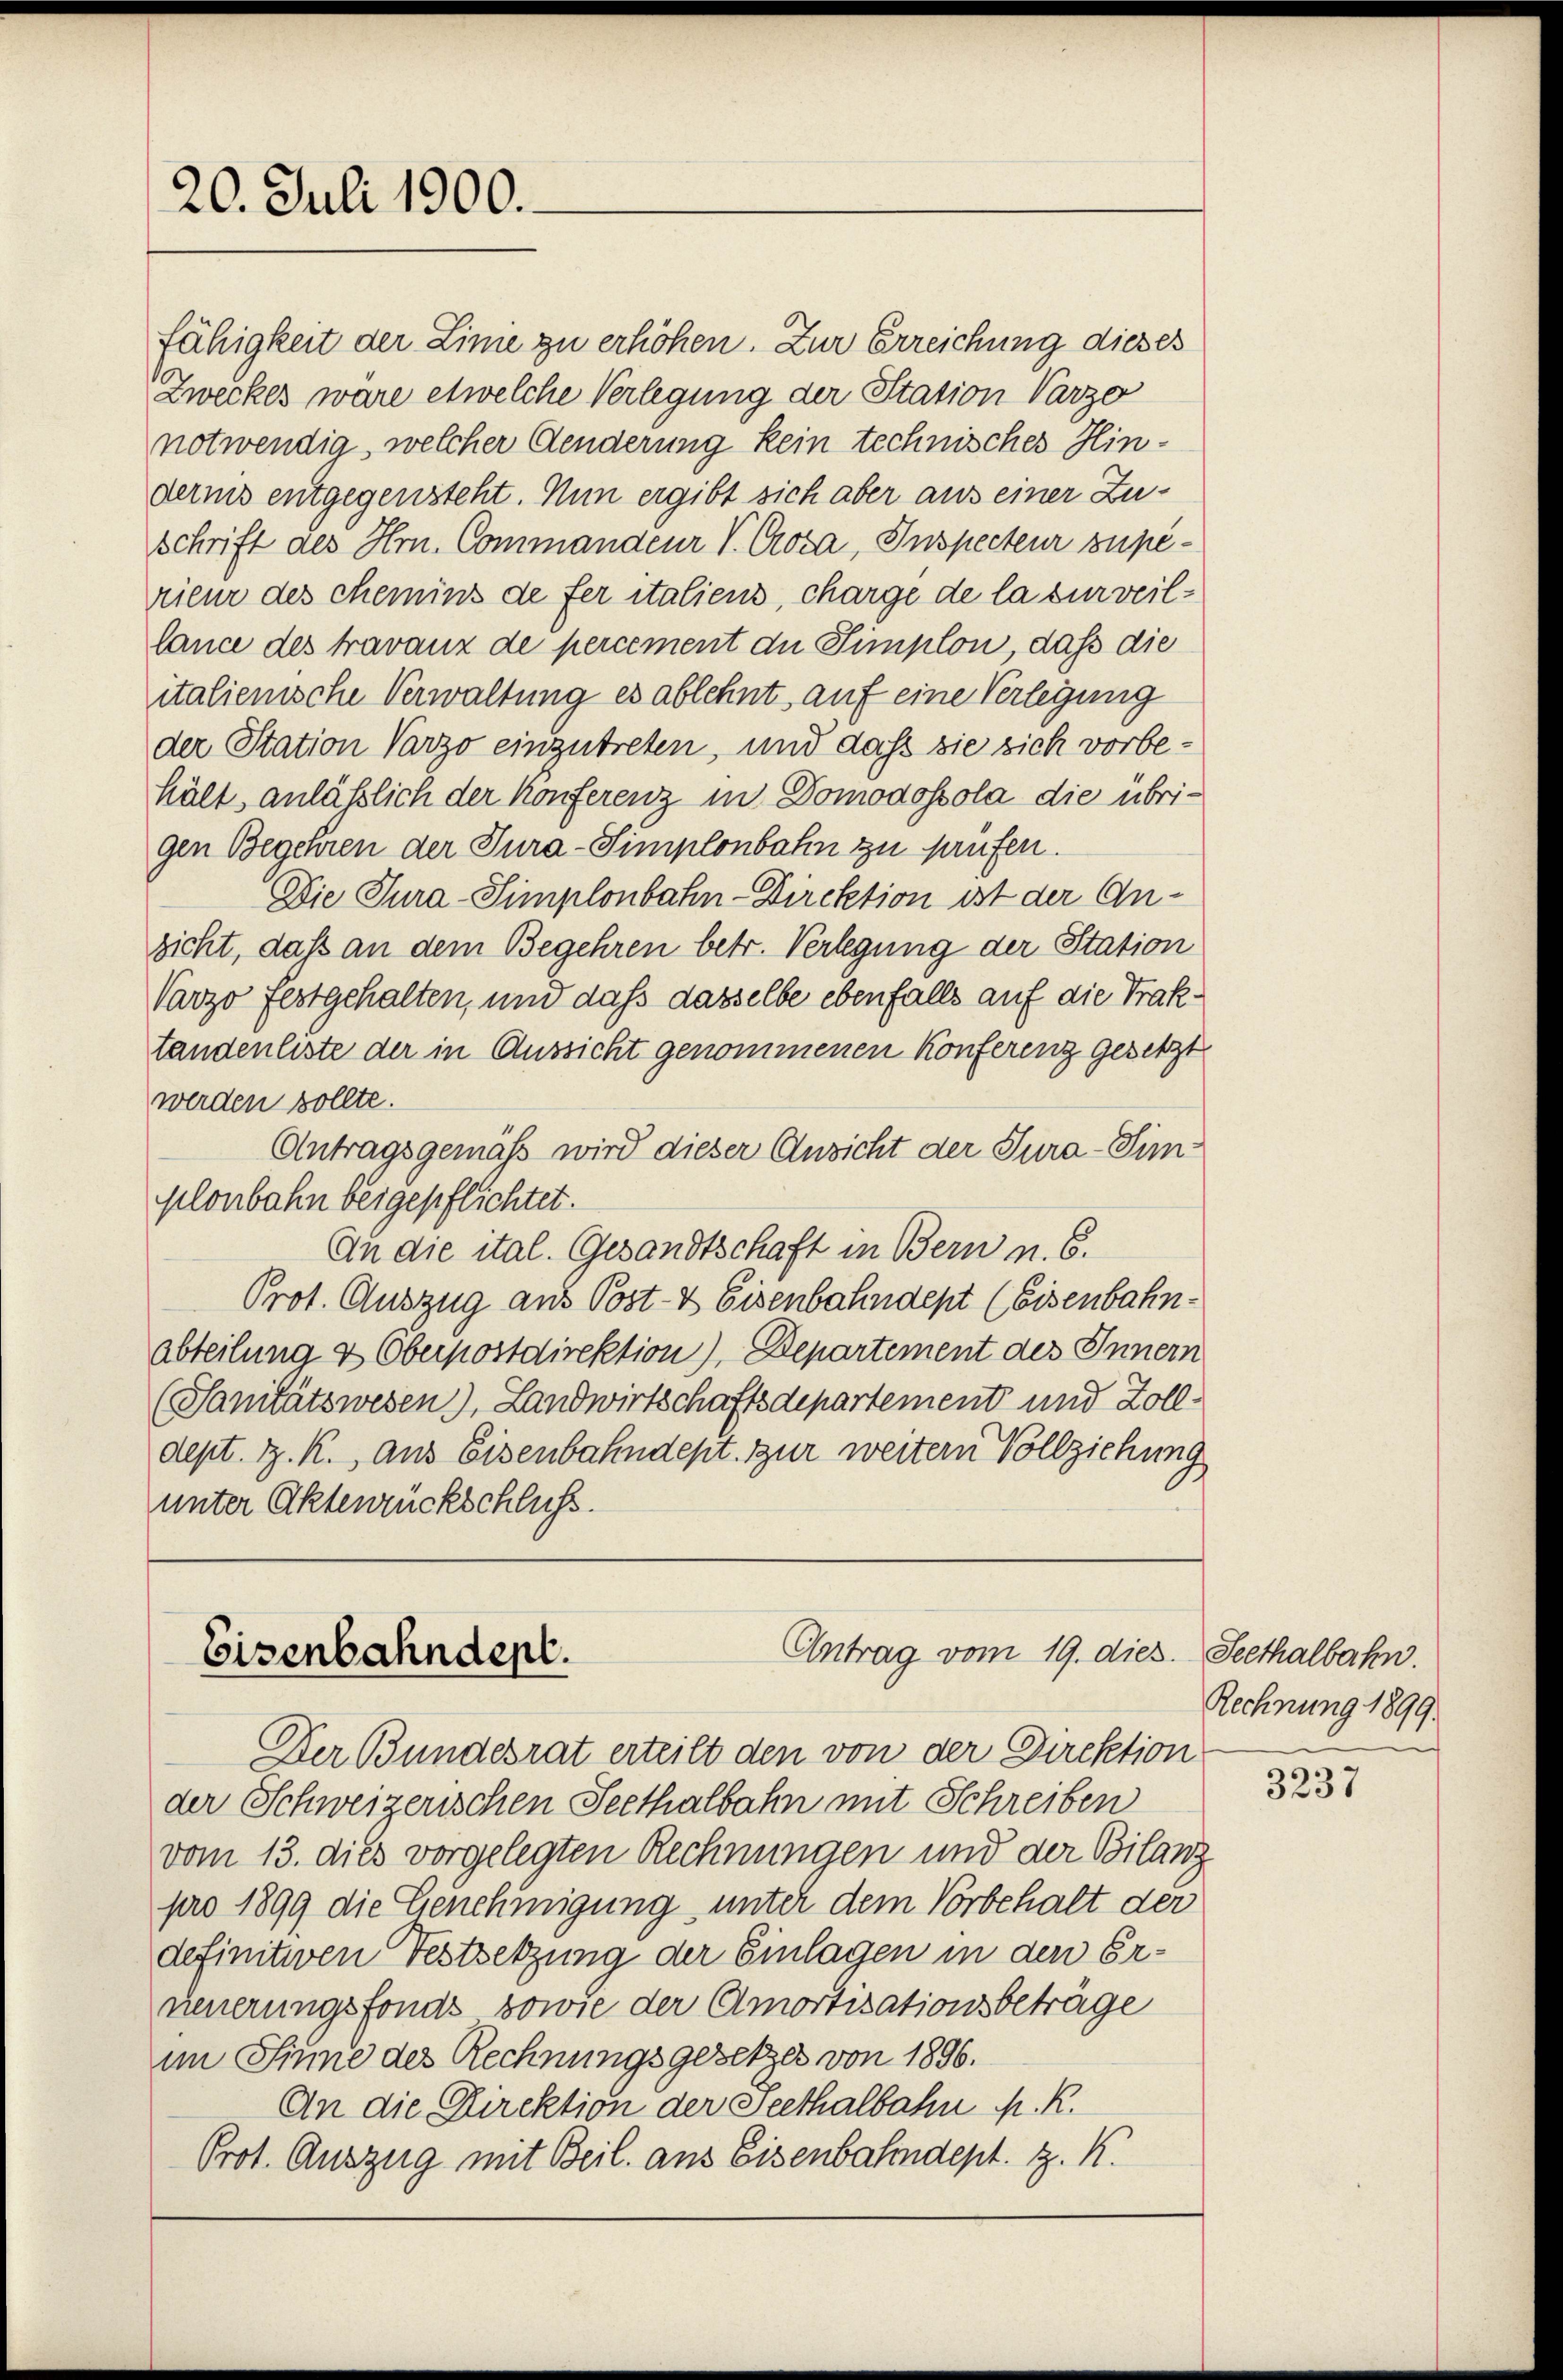
20. Juli 1900.

fähigkeit der Linie zu erhöhen. Zur Erreichung dieses
Zweckes wäre etwelche Verlegung der Station Varzo
notwendig, welcher Aenderung kein technisches Hinderiis entgegensteht. Nun ergibt sich aber aus einer Zuschrift des Hrn. Commandenr V. Croza, Inspecteur supérieur des chemins de fer italiens, charge de la surveillance des travanz de percement die Simplon, daß die
italienische Verwaltung es ablehnt, auf eine Verlegung
der Station Varzo einzutreten, und dass sie sich vorbehält, anläßlich der Konferenz in Domodossola die übrigen Begehren der Tura-Simplonbahn zu prüfen.
Die Tura-Simplonbahn-Direktion ist der Anzicht, daß an dem Begehren betr. Verlegung der Station
Varzo festgehalten, und daß dasselbe ebenfalls auf die Traktandenliste der in Aussicht genommenen Konferenz gesetzt
werden sollte.
Antragsgemäss wird dieser Ansicht der Jura-Simplonbahn beigepflichtet.
An die ital. Gesandtschaft in Bern n. 6.
Prot. Auszug aus Post- & Eisenbahndept (Eisenbahnabteilung & Oberpostdirektion), Departement des Innern
(Sanitätswesen), Landwirtschaftsdepartement und Zolldept. z. K. aus Eisenbahndept. zur weitern Vollziehung
unter Aktenrückschluss.

Antrag vom 19. dies. Seethalbahn
Eisenbahndept.

Der Bundesrat erteilt den von der Direktion
der Schweizerischen Seethalbahn mit Schreiben
vom 13. dies vorgelegten Rechnungen und der Bilanz
pro 1899 die Genehmigung unter dem Vorbehalt der
definitiven Festsetzung der Einlagen in den Erneuerungsfonds sowie der Amortisationsbeträge
im Sinne des Rechnungsgesetzes von 1896.
An die Direktion der Seethalbahn M. R.
Prot. Auszug mit Beil. aus Eisenbahndept. z. K.

Rechnung 1899.

3237